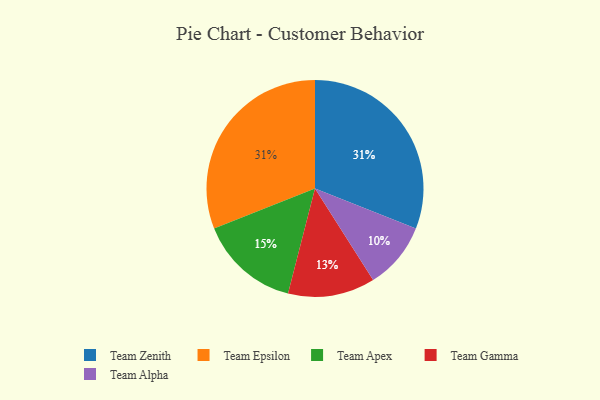
{"axis": {"x": "Category", "y": "Percentage"}, "legend": ["Team Alpha", "Team Apex", "Team Epsilon", "Team Gamma", "Team Zenith"], "data": [{"x": "Team Zenith", "y": 31, "type": "Team Zenith"}, {"x": "Team Gamma", "y": 13, "type": "Team Gamma"}, {"x": "Team Apex", "y": 15, "type": "Team Apex"}, {"x": "Team Epsilon", "y": 31, "type": "Team Epsilon"}, {"x": "Team Alpha", "y": 10, "type": "Team Alpha"}]}